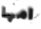
امها